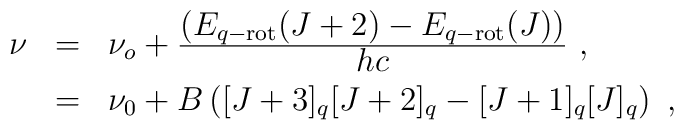
\begin{array}{rcl}\nu&=&\nu_o+\frac{\displaystyle\left(E_{q-{\rm rot}}(J+2)-E_{q-{\rm rot}}(J)\right)}{\displaystyle hc}~,\\[2mm]&=&\nu_0+B\left([J+3]_{q}[J+2]_{q}-[J+1]_{q}[J]_{q}\right)~,\end{array}